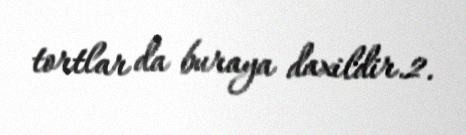
tortlar da buraya daxildir.2.